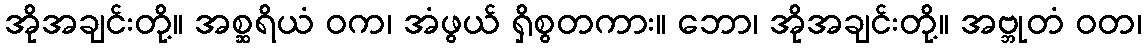
အိုအချင်းတို့။ အစ္ဆရိယံ ဝက၊ အံဖွယ် ရှိစွတကား။ ဘော၊ အိုအချင်းတို့။ အဗ္ဘုတံ ဝတ၊